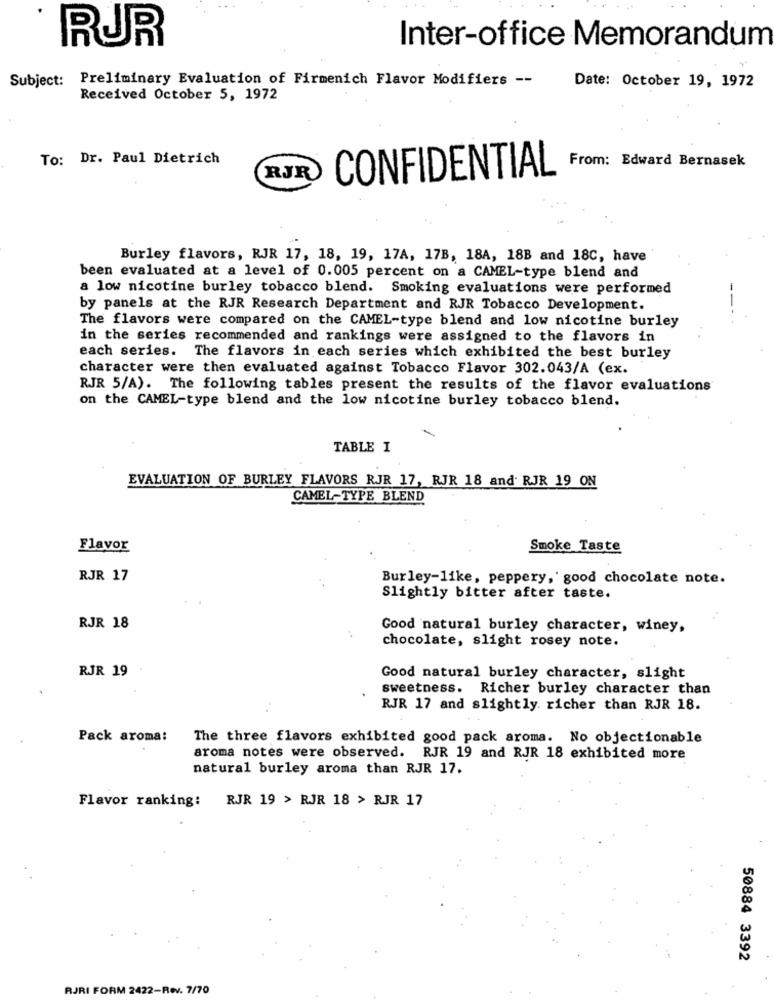
RUR
Inter-office Memorandum
Subject: Preliminary Evaluation of Firmenich Flavor Modifiers --
Date: October 19, 1972
Received October 5, 1972
To: Dr. Paul Dietrich
CONFIDENTIAL
From: Edward Bernasek
RJR
Burley flavors, RJR 17, 18, 19, 17A, 17B, 18A, 18B and 18C, have
been evaluated at a level of 0.005 percent on a CAMEL-type blend and
a low nicotine burley tobacco blend. Smoking evaluations were performed
by panels at the RJR Research Department and RJR Tobacco Development.
The flavors were compared on the CAMEL-type blend and low nicotine burley
in the series recommended and rankings were assigned to the flavors in
each series. The flavors in each series which exhibited the best burley
character were then evaluated against Tobacco Flavor 302.043/A (ex.
RJR 5/A). The following tables present the results of the flavor evaluations
on the CAMEL-type blend and the low nicotine burley tobacco blend.
TABLE I
EVALUATION OF BURLEY FLAVORS RJR 17, RJR 18 and RJR 19 ON
CAMEL-TYPE BLEND
Flavor
Smoke Taste
RJR 17
Burley-like, peppery, ' good chocolate note.
Slightly bitter after taste.
RJR 18
Good natural burley character, winey,
chocolate, slight rosey note.
RJR 19
Good natural burley character, slight
sweetness. Richer burley character than
RJR 17 and slightly. richer than RJR 18.
Pack aroma:
The three flavors exhibited good pack aroma. No objectionable
aroma notes were observed. RJR 19 and RJR 18 exhibited more
natural burley aroma than RJR 17.
Flavor ranking:
RJR 19 > RJR 18 > RJR 17
50884 3392
RJRI FORM 2422-Rev. 7/70